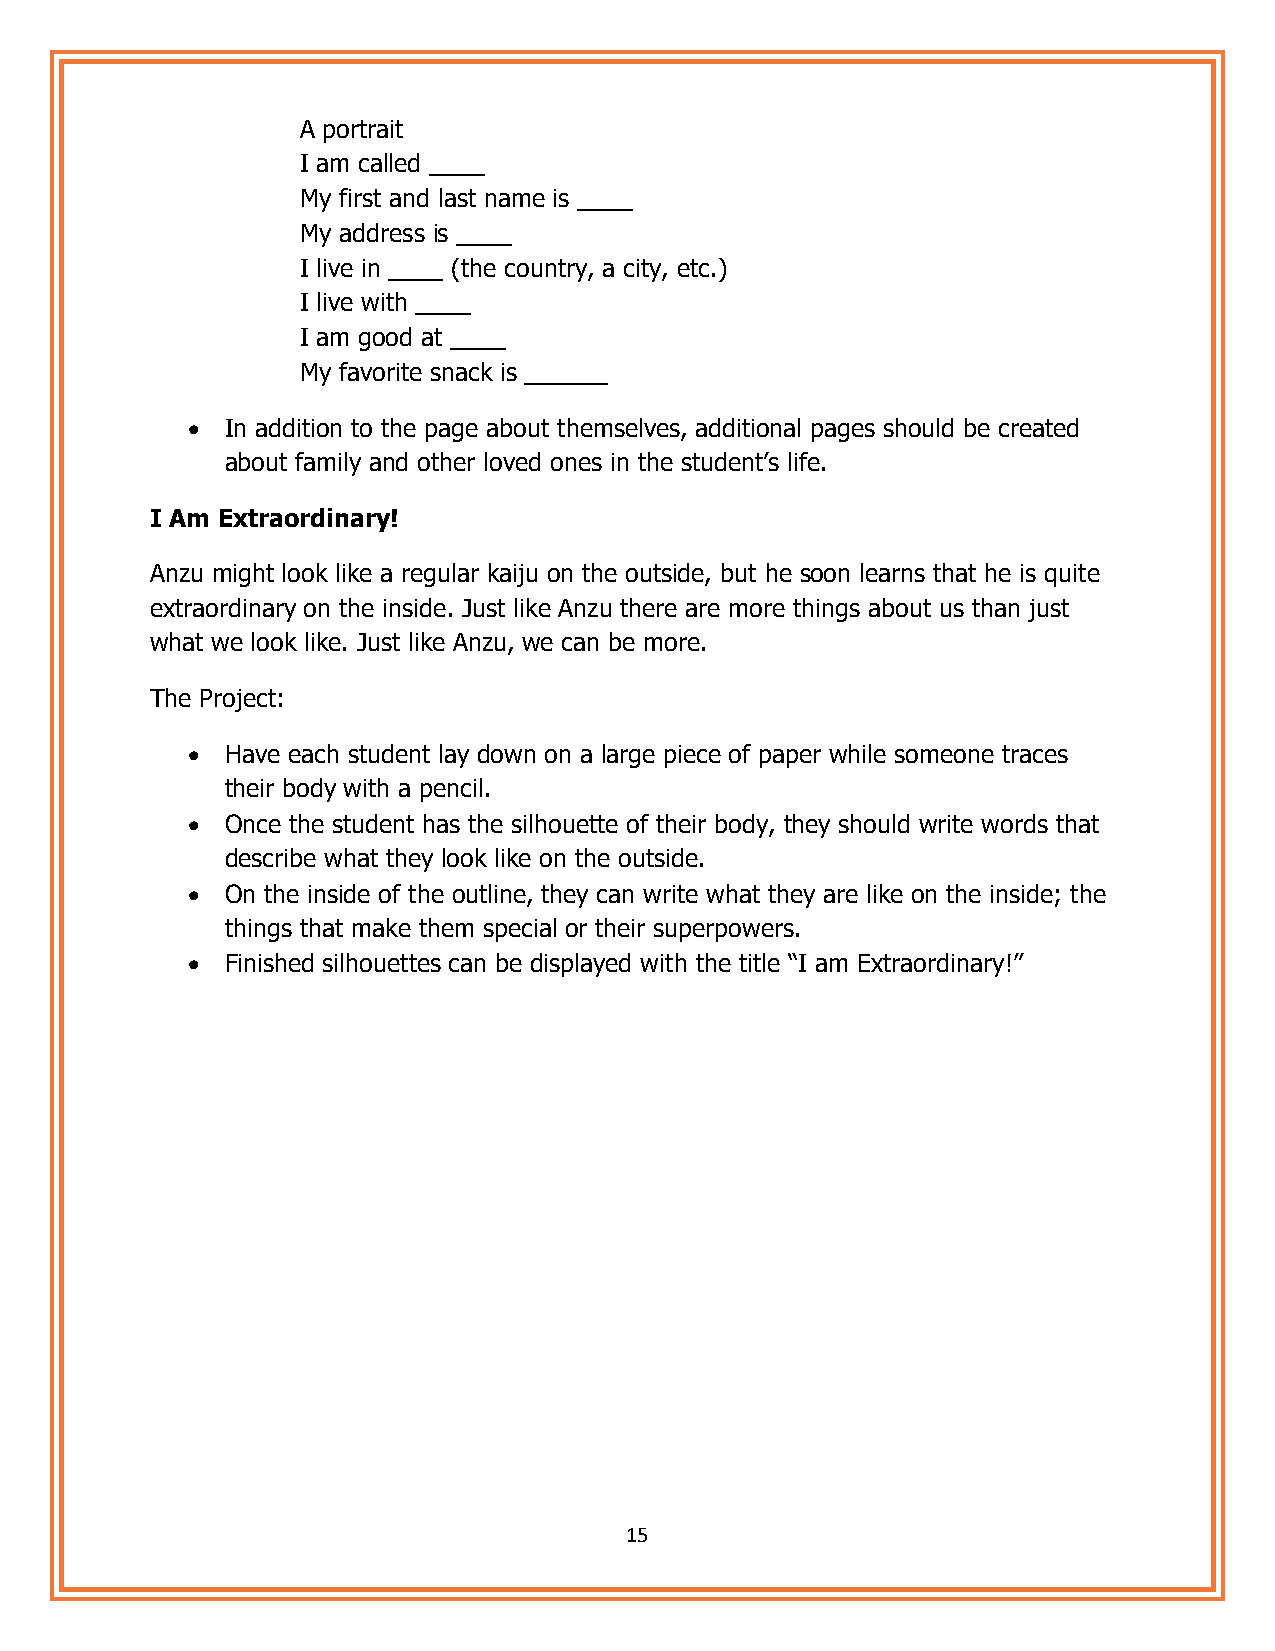
A portrait
 I am called ____
 My first and last name is ____
 My address is ____
 I live in ____ (the country, a city, etc.)
 I live with ____
 I am good at ____
 My favorite snack is ______
 •  In addition to the page about themselves, additional pages should be created
 about family and other loved ones in the student’s life.
 I Am Extraordinary!
 Anzu might look like a regular kaiju on the outside, but he soon learns that he is quite
 extraordinary on the inside. Just like Anzu there are more things about us than just
 what we look like. Just like Anzu, we can be more.
 The Project:
 •  Have each student lay down on a large piece of paper while someone traces
 their body with a pencil.
 •  Once the student has the silhouette of their body, they should write words that
 describe what they look like on the outside.
 •  On the inside of the outline, they can write what they are like on the inside; the
 things that make them special or their superpowers.
 •  Finished silhouettes can be displayed with the title “I am Extraordinary!”
 15